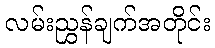
လမ်းညွှန်ချက်အတိုင်း